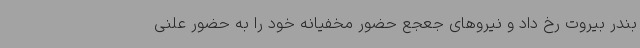
بندر بیروت رخ داد و نیروهای جعجع حضور مخفیانه خود را به حضور علنی